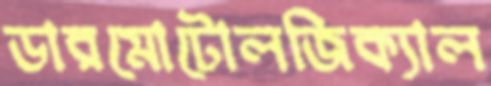
ডারমোটোলজিক্যাল